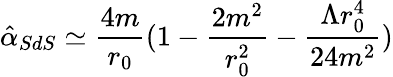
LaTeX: {\hat{\alpha}_{SdS}}\simeq\frac{4m}{r_{0}}(1-\frac{2m^{2}}{r_{0}^{2}}-\frac{\Lambda r_{0}^{4}}{24m^{2}})